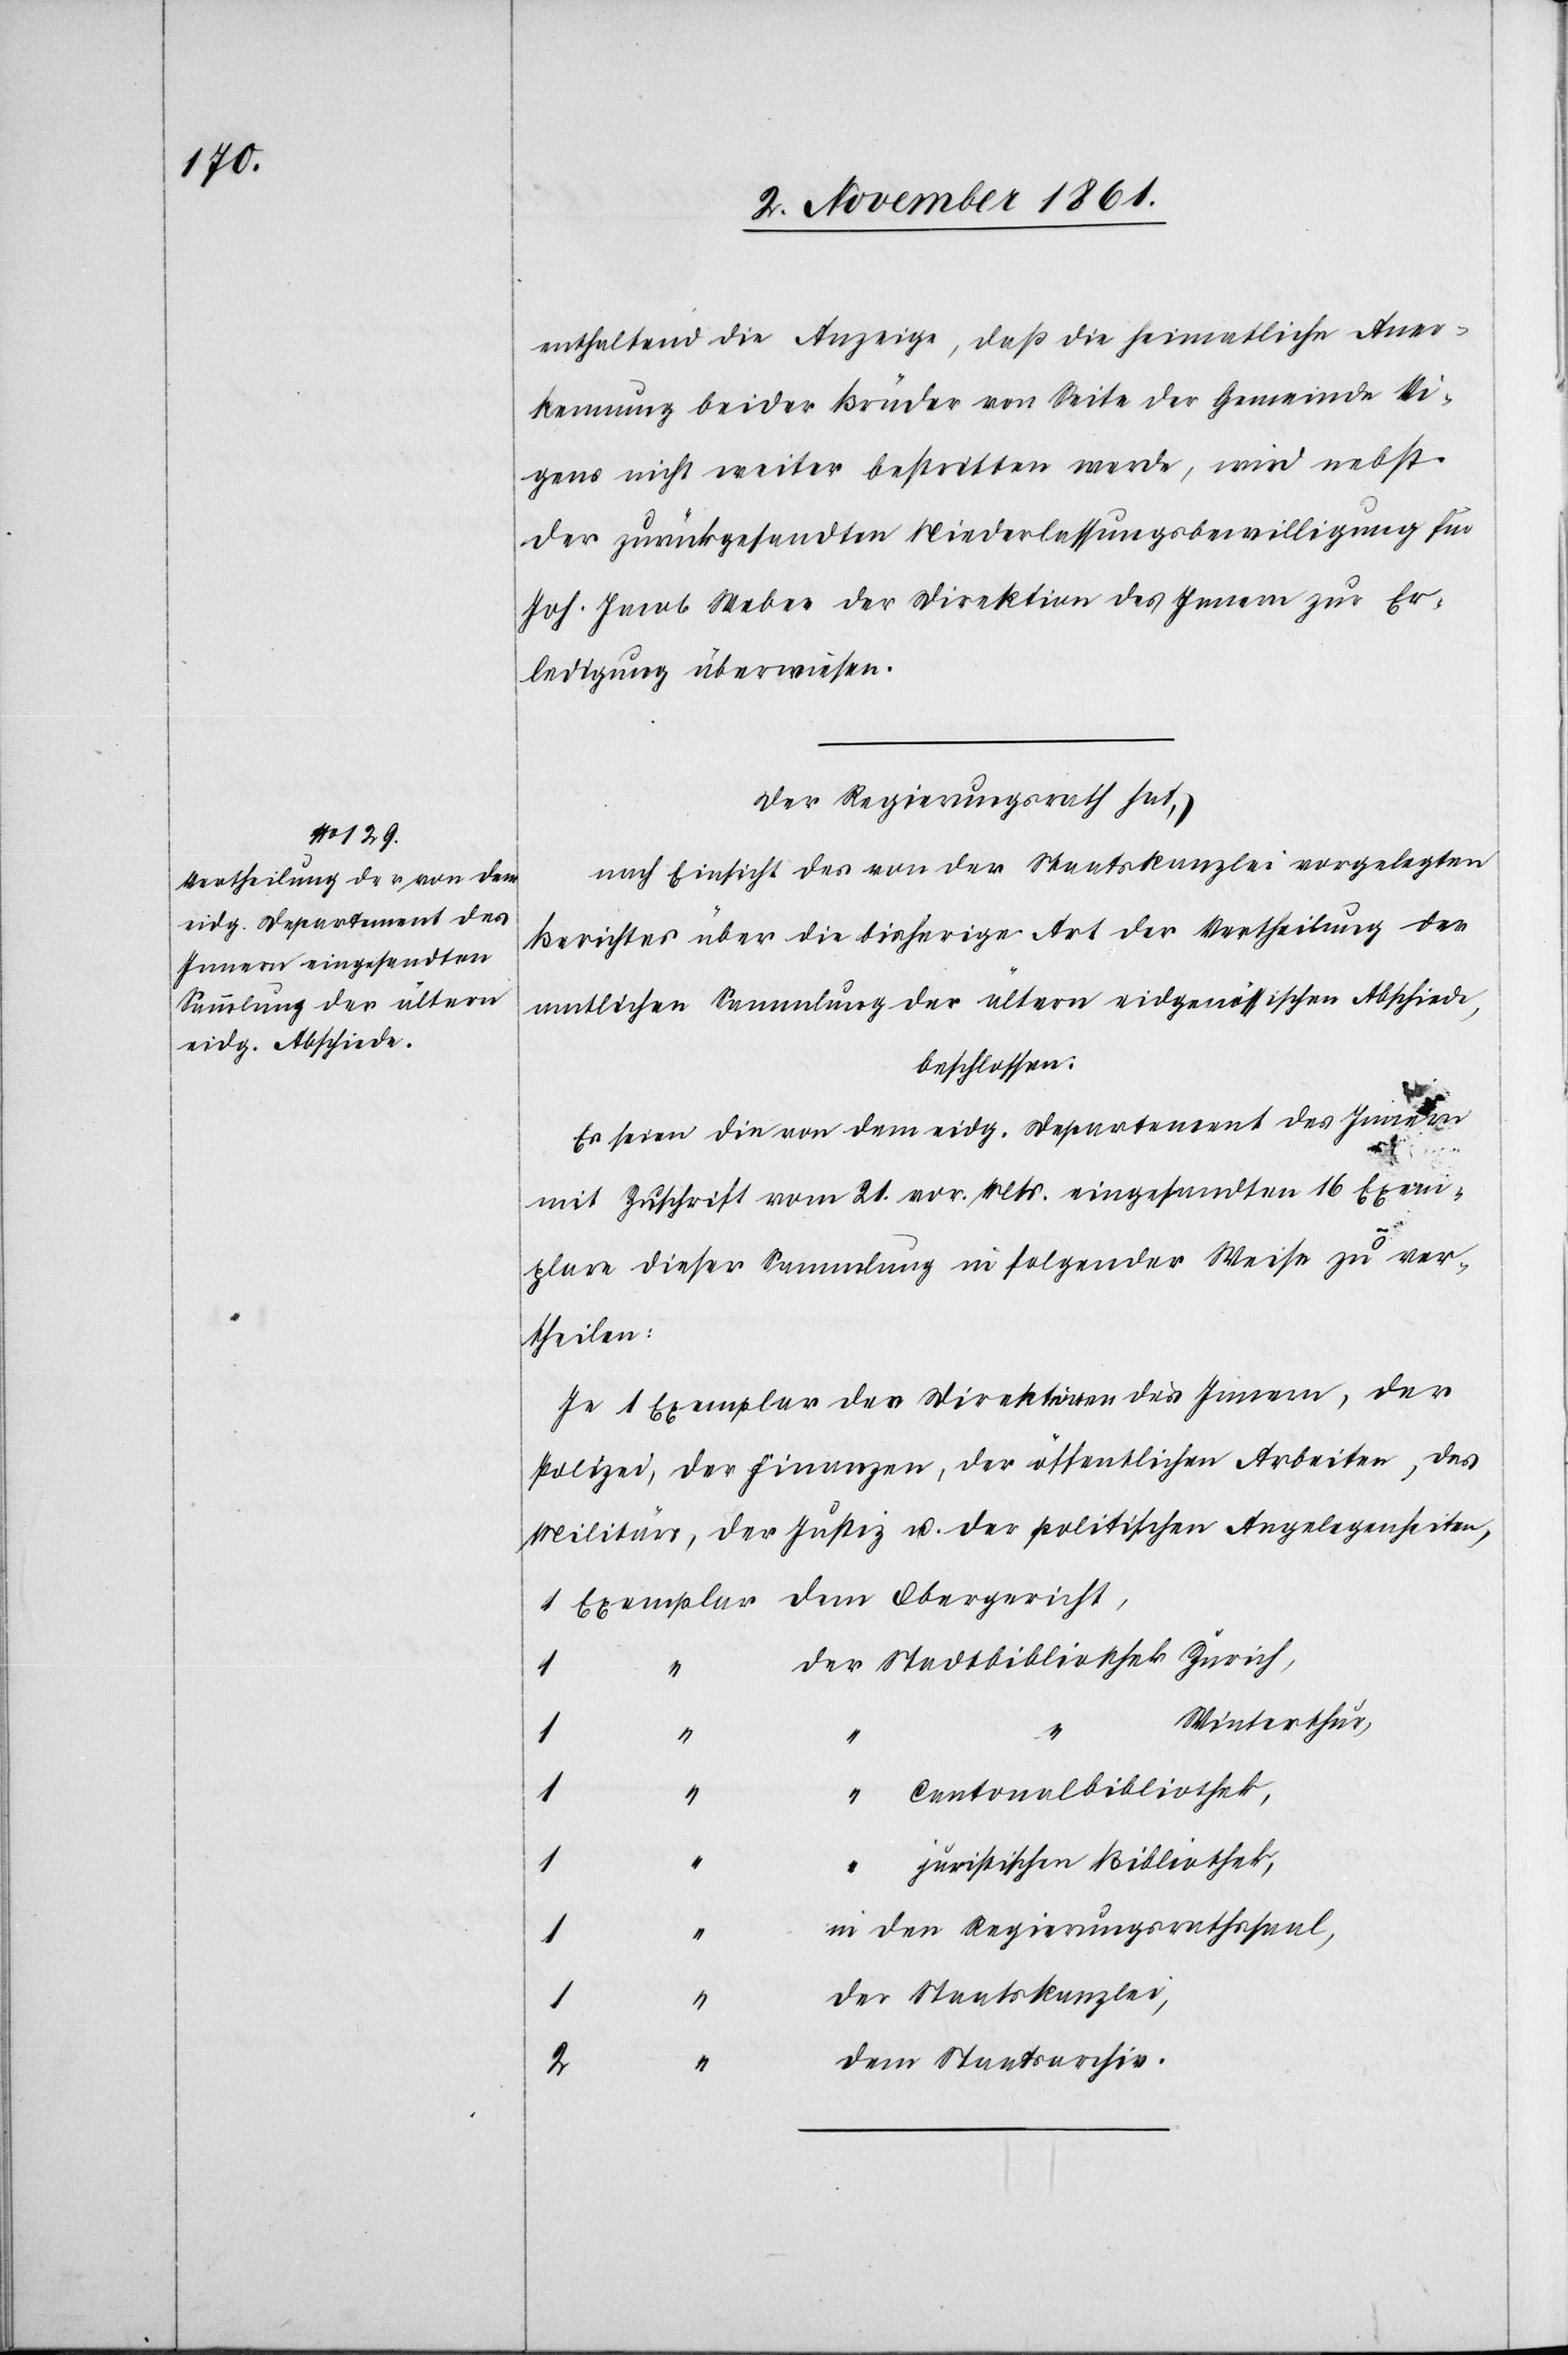
enthaltend die Anzeige, daß die heimatliche Aner¬
kennung beider Brüder von Seite der Gemeinde Vi¬
gens nicht weiter bestritten werde, wird nebst
der zurückgesandten Niederlaßungsbewilligung für
Joh. Jacob Weber der Direktion des Innern zur Er¬
ledigung überwiesen.
Der Regierungsrath hat,
nach Einsicht des von der Staatskanzlei vorgelegten
Berichtes über die bisherige Art der Vertheilung der
amtlichen Sammlung der ältern eidgenössischen Abschiede,
beschlossen:
Es seien die von dem eidg. Departement des Innern
1		“	d¬
mit Zuschrift vom 21 vor. Mts. eingesandten 16 Exem¬
plare dieser Sammlung in folgender Weise zu ver¬
theilen:
Je 1 Exemplar der Direktion des Innern, der
Polizei, der Finanzen, der öffentlichen Arbeiten, des
Militärs, der Justiz u. der politischen Angelegenheiten,
1	Exemplar dem Obergericht,
er Stadtbibliothek Zürich,
Winterthur,
Cantonsbibliothek,
juristischen Bibliothek,
den Regierungsrathssaal,